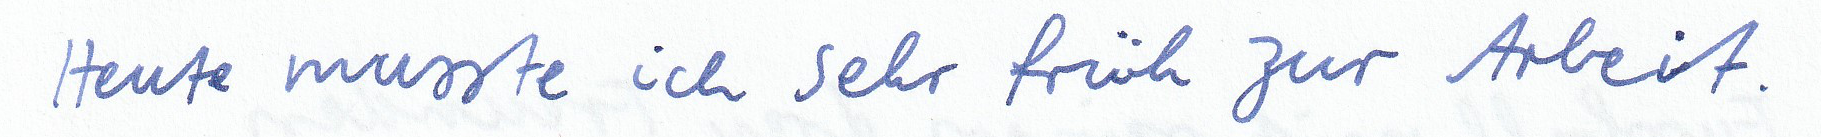
Heute musste ich sehr früh zur Arbeit.